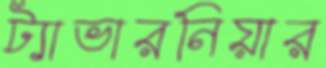
ট্যাভারনিয়ার